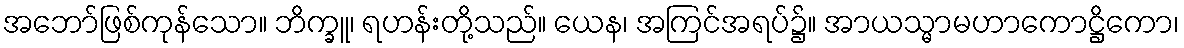
အဘော်ဖြစ်ကုန်သော။ ဘိက္ခူ၊ ရဟန်းတို့သည်။ ယေန၊ အကြင်အရပ်၌။ အာယသ္မာမဟာကောဋ္ဌိကော၊